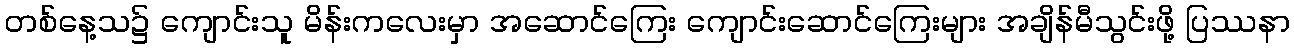
တစ်နေ့သ၌ ကျောင်းသူ မိန်းကလေးမှာ အဆောင်ကြေး ကျောင်းဆောင်ကြေးများ အချိန်မီသွင်းဖို့ ပြဿနာ